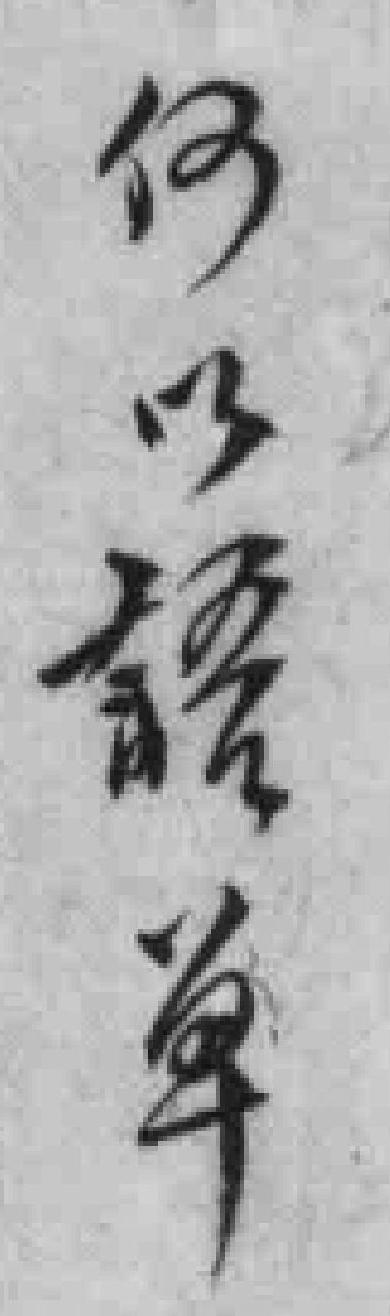
仅以語单